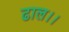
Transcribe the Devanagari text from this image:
ढाल।।